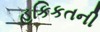
હકિકતની